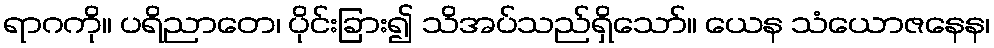
ရာဂကို။ ပရိညာတေ၊ ပိုင်းခြား၍ သိအပ်သည်ရှိသော်။ ယေန သံယောဇနေန၊